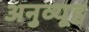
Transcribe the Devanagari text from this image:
अनुव्यूह